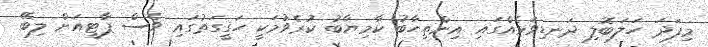
މިފަދަ ހަލަބޮލި ދަނޑިވަޅެއްގައި އިންތިހާބު ކާމިޔާބު ކުރެވުމަކީ ހަގީގަތުގައި ވެސް ޕާޓީއަށް ލިބޭ